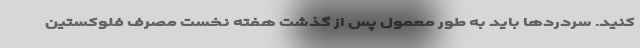
کنید. سردردها باید به طور معمول پس از گذشت هفته نخست مصرف فلوکستین